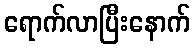
ရောက်လာပြီးနောက်